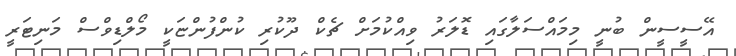
އޭސީސީން ބުނީ މިމައްސަލާގައި ޑޮލަރު ވިއްކުމަށް ޗެކް ދޫކުރި ކުންފުންޏަކީ މޯލްޑިވްސް މަނިޓަރީ